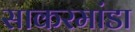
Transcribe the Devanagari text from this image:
साकरमांडा